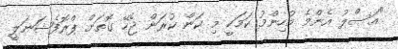
"އަސްލު އެންމެ މުހިންމު ކަމަކީ މި ކަން ކުރަން ޖެހޭ ގޮތަށް ޕްރޮފެޝަނަލީ